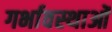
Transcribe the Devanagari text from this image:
गर्भावस्‍थाओं